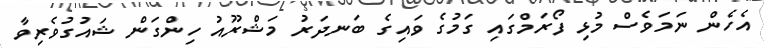
އެހެން ނަމަވެސް މުޅި ފޯރަމްގައި ގަމުގެ ވައިގެ ބަނދަރު މަޝްރޫއު ހިންގަން ޝައުގުވެރިވާ